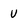
Character: v